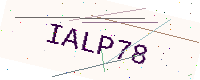
Text: IALP78